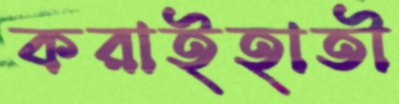
করাইহাতী